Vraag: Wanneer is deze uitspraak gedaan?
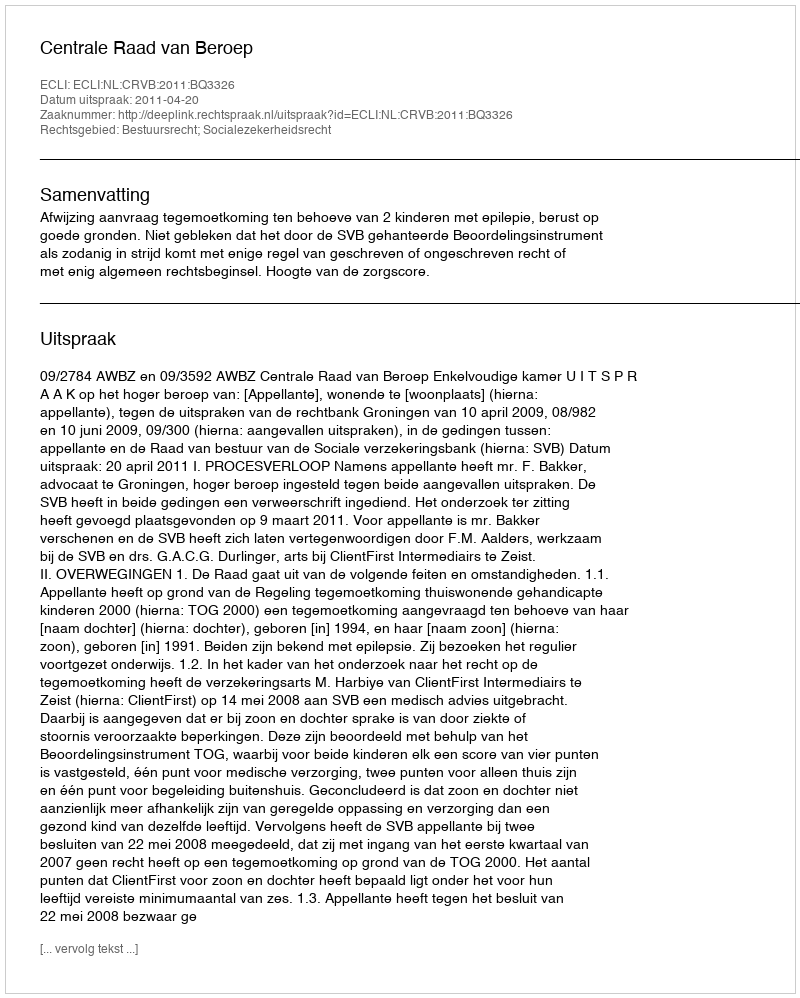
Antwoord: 2011-04-20